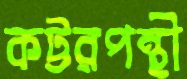
কট্টরপন্থী